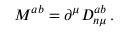
M ^ { a b } = \partial ^ { \mu } D _ { n \mu } ^ { a b } \, .